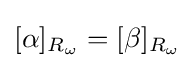
[\alpha ]_{R_{\omega }}=[\beta ]_{R_{\omega }}